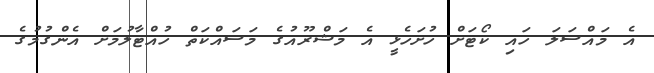
އެ މައްސަލަ ހައި ކޯޓަށް ހުށަހެޅީ އެ މަޝްރޫއުގެ މަސައްކަތް ހުއްޓާލުމަށް އެންގުމުގެ